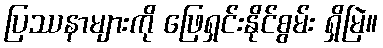
ပြဿနာများကို ဖြေရှင်းနိုင်စွမ်း ရှိမြဲ။